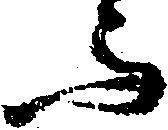
与